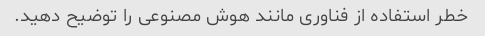
خطر استفاده از فناوری مانند هوش مصنوعی را توضیح دهید.